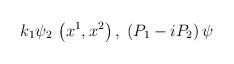
LaTeX: \begin{align*}k_{1}\psi _{2}\,\left( x^{1},x^{2}\right) ,\;\left( P_{1}-iP_{2}\right) \psi\end{align*}